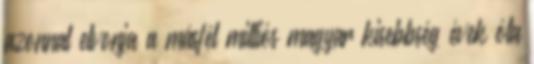
azonnal elvonja a másfél milliós magyar kisebbség évek óta